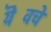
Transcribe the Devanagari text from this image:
यॆवचे